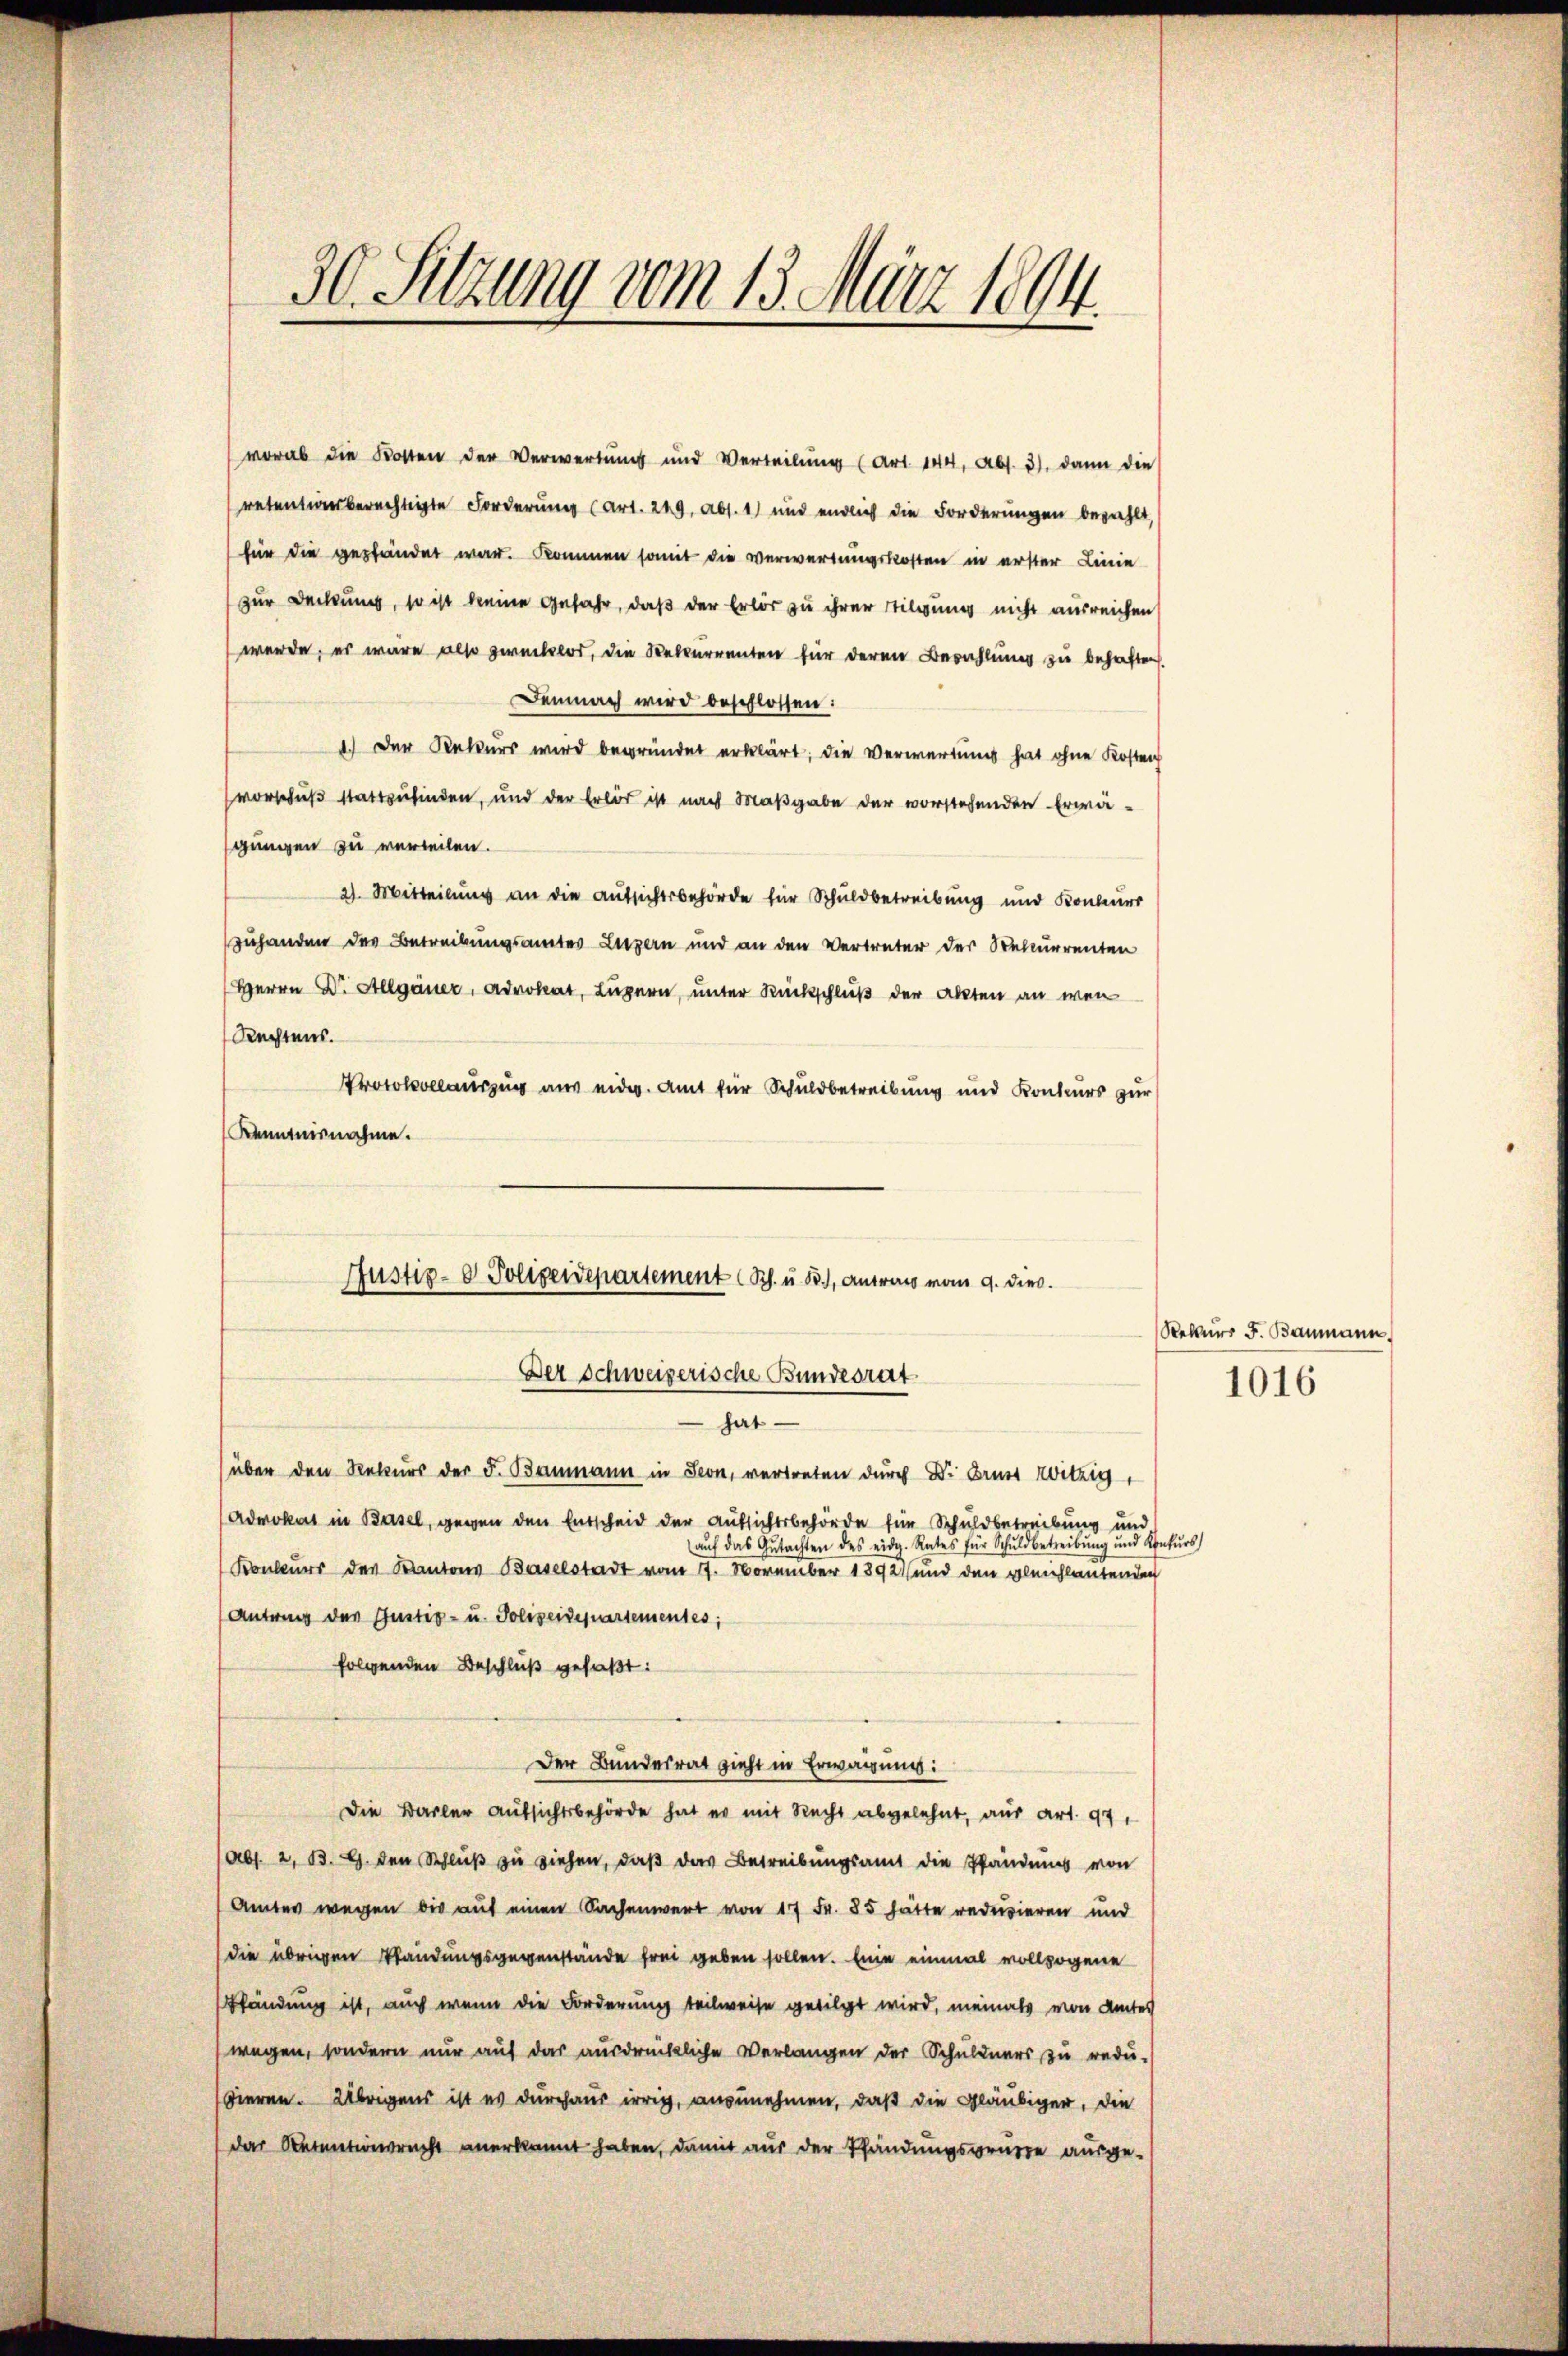
30. Sitzung vom 13. März 1894.

vorab die Kosten der Verwertung und Verteilung (Art. 144, Abs. 3), dann die
retentionsberechtigte Forderung (Art. 249, Abs. 1) und endlich die Forderungen beziehlt,
für die gepfändet war. Kommen somit die verwertungskosten in erster Linie
zur Deckung, so ist keine gefahr, daß der Erlös zu ihrer Tilgung nicht ausreichen
werde; es wäre also gerücklos, die Rekurrenten für deren Bezahlung zu behaften
Demnach wird beschlossen:
1.) Der Rekurs wird begründet erklärt; die Verwartung hat ohne Kosten
vorschuß stattzufinden, und der Erlös ist nach Maßgabe der vorstehenden Erwägungen zu verteilen.
2). Mitteilung an die Aufsichtsbehörde für Schuldbetreibung und Konkurs
zuhanden des Betreibungsamtes Luzern und an den Vertreter der Selcurrenten
Herrn Dr. Allgäuer, Advokat, Luzern, unter Rückschluß der Akten an wen
Rechtens.
Pollauszug aus eidg. Amt für Schuldbetreibung und Konkurs zur
Kenntnisnahme.

Justiz- & Polizeidepartement Sch. u. B.), Antrag vom 9. die
Der Schweizerische Bundesrat

hat
über den Rekurs der F. Baumann in Seon, vertreten durch Dr. Brust Witzig,
(Advokat in Basel, gegen den Entscheid der Aufsichtsbehörde für Schuldbetreibung und
aŭf das Gutachten des eidg. Rates für Schuldbetreibŭng und Konkŭrs
Konkurs des Kantons Baselstadt vom 17. November 1892 und den gleichlautenden
Antrag des Gustiz- u. Polizeidepartementes,
folgenden Beschluß gefaßt:
Der Bundesrat zieht in Erwägung:
Die Barler Aufsichtsbehörde hat er mit Recht abgelehnt, aus Art. 97.
Abs. 2, B. G. den Schluß zu ziehen, daß das Betreibungsamt die Pfändungs von
Amtes wegen bis auf einen Sachenwert von 17 Fr. 85 hätte reduzieren und
die übrigen Standungsgegenstände frei geben sollen. Eine einmal vollzogene
fändung ist, auch wenn die Forderung teilweise getilgt wird, niemals von Amtes
wegen, sondern nur auf das ausdrückliche Verlangen der Schuldners zu redu-
dieren. Übrigens ist es durchaus irrig, anzunehmen, daß die Gläubiger, die
das Reimationsrecht anerkannt haben, damit aus der Pfändungsgründe ausge-

Rekurs F. Baumann.

1016